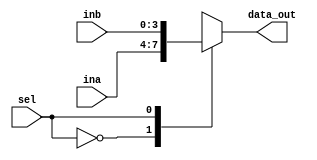
`timescale 1ns / 1ps
module Mux(sel,ina,inb,data_out);
    input sel;
    input [3:0] ina;
    input [3:0] inb;
    output reg [3:0] data_out;
    always@(*)
        case(sel) 
            1'b0 : data_out = ina;
            1'b1 : data_out = inb;
        endcase
endmodule